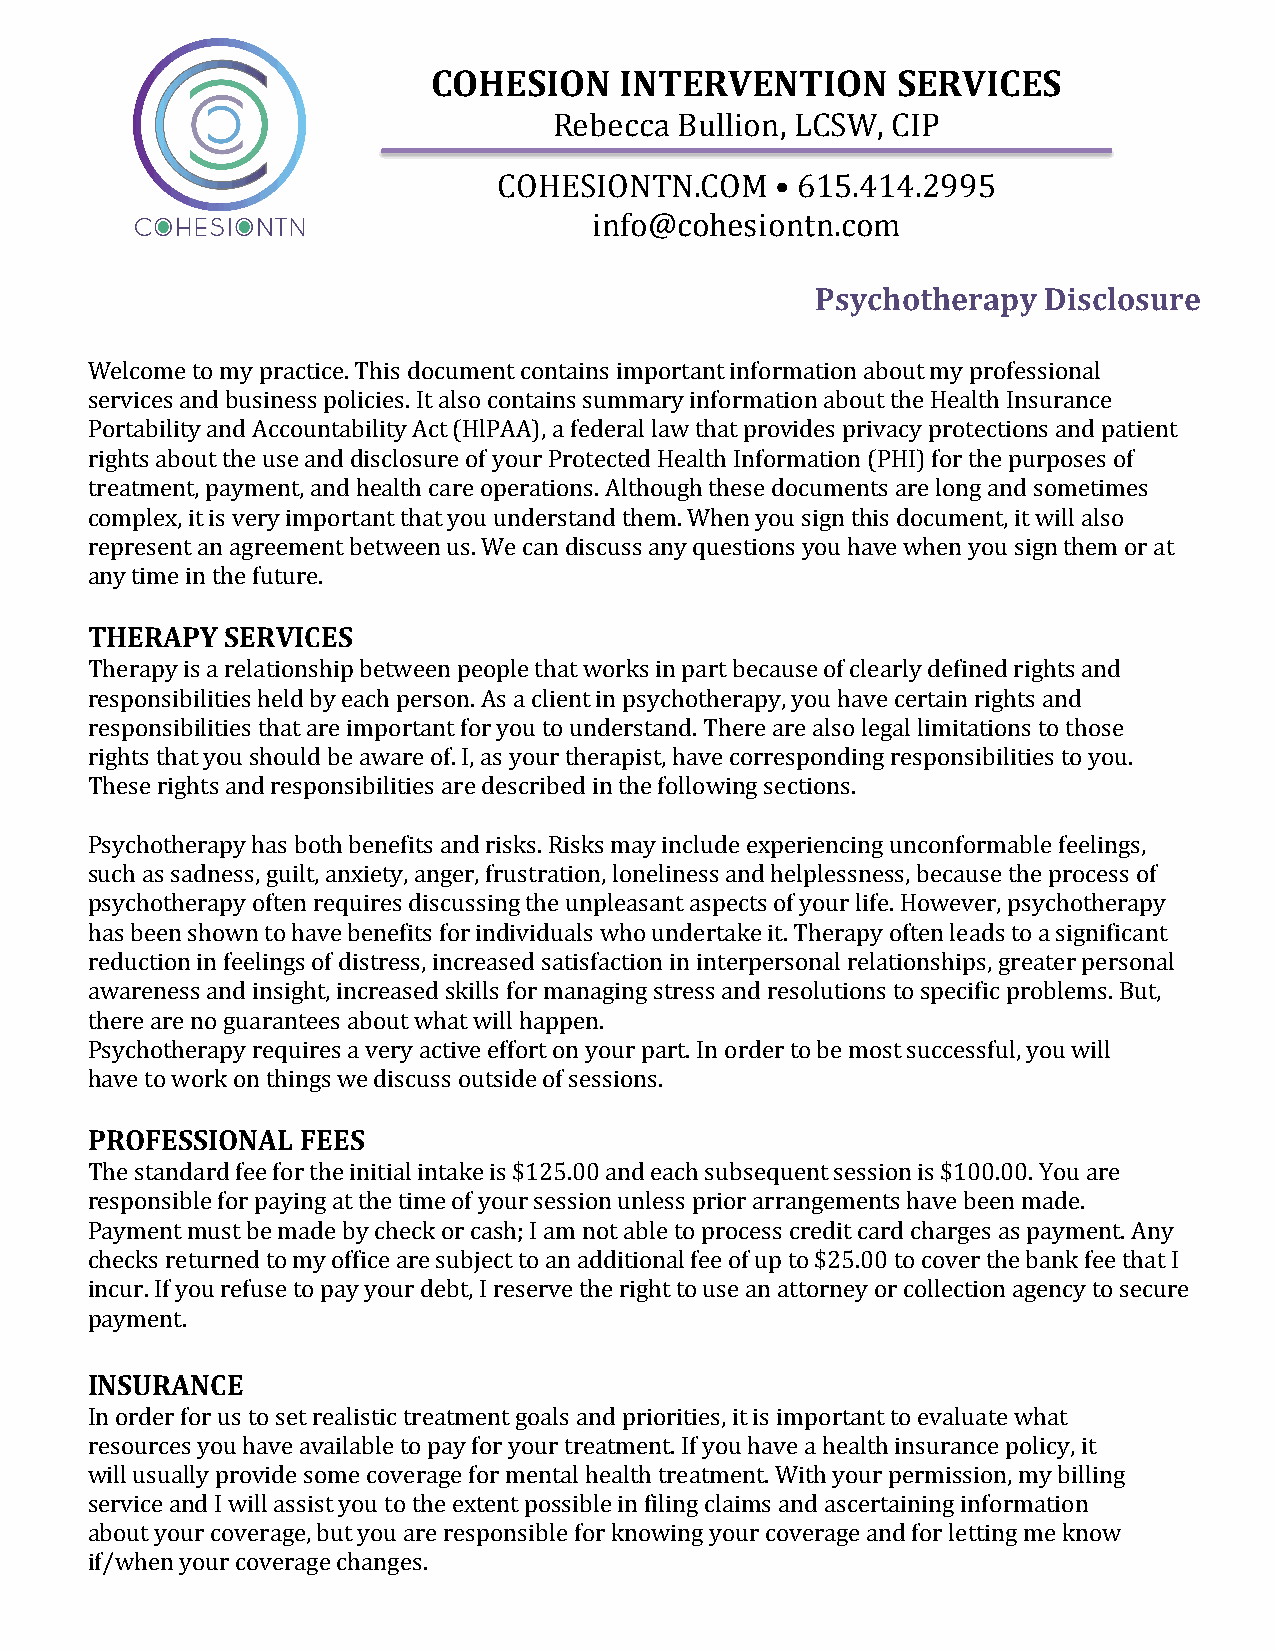
COHESION    INTERVENTION      SERVICES
 Rebecca Bullion, LCSW, CIP
 COHESIONTN.COM    • 615.414.2995
 info@cohesiontn.com
 Psychotherapy  Disclosure
 Welcome to my practice. This document contains important information about my professional
 services and business policies. It also contains summary information about the Health Insurance
 Portability and Accountability Act (HlPAA), a federal law that provides privacy protections and patient
 rights about the use and disclosure of your Protected Health Information (PHI) for the purposes of
 treatment, payment, and health care operations. Although these documents are long and sometimes
 complex, it is very important that you understand them. When you sign this document, it will also
 represent an agreement between us. We can discuss any questions you have when you sign them or at
 any time in the future.
 THERAPY  SERVICES
 Therapy is a relationship between people that works in part because of clearly defined rights and
 responsibilities held by each person. As a client in psychotherapy, you have certain rights and
 responsibilities that are important for you to understand. There are also legal limitations to those
 rights that you should be aware of. I, as your therapist, have corresponding responsibilities to you.
 These rights and responsibilities are described in the following sections.
 Psychotherapy has both benefits and risks. Risks may include experiencing unconformable feelings,
 such as sadness, guilt, anxiety, anger, frustration, loneliness and helplessness, because the process of
 psychotherapy often requires discussing the unpleasant aspects of your life. However, psychotherapy
 has been shown to have benefits for individuals who undertake it. Therapy often leads to a significant
 reduction in feelings of distress, increased satisfaction in interpersonal relationships, greater personal
 awareness and insight, increased skills for managing stress and resolutions to specific problems. But,
 there are no guarantees about what will happen.
 Psychotherapy requires a very active effort on your part. In order to be most successful, you will
 have to work on things we discuss outside of sessions.
 PROFESSIONAL  FEES
 The standard fee for the initial intake is $125.00 and each subsequent session is $100.00. You are
 responsible for paying at the time of your session unless prior arrangements have been made.
 Payment must be made by check or cash; I am not able to process credit card charges as payment. Any
 checks returned to my office are subject to an additional fee of up to $25.00 to cover the bank fee that I
 incur. If you refuse to pay your debt, I reserve the right to use an attorney or collection agency to secure
 payment.
 INSURANCE
 In order for us to set realistic treatment goals and priorities, it is important to evaluate what
 resources you have available to pay for your treatment. If you have a health insurance policy, it
 will usually provide some coverage for mental health treatment. With your permission, my billing
 service and I will assist you to the extent possible in filing claims and ascertaining information
 about your coverage, but you are responsible for knowing your coverage and for letting me know
 if/when your coverage changes.